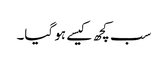
سب کچھ کیسے ہو گیا۔